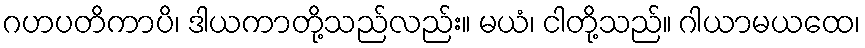
ဂဟပတိကာပိ၊ ဒါယကာတို့သည်လည်း။ မယံ၊ ငါတို့သည်။ ဂါယာမယထေ၊